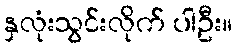
နှလုံးသွင်းလိုက် ပါဦး။